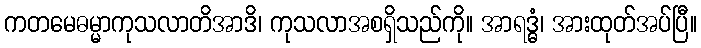
ကတမေဓမ္မာကုသလာတိအာဒိ၊ ကုသလာအစရှိသည်ကို။ အာရဒ္ဓံ၊ အားထုတ်အပ်ပြီ။